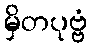
မှိတပုဗ္ဗံ